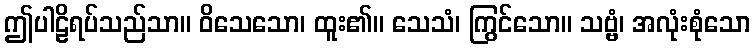
ဤပါဠိရပ်သည်သာ။ ဝိသေသော၊ ထူး၏။ သေသံ၊ ကြွင်သော။ သဗ္ဗံ၊ အလုံးစုံသော